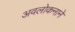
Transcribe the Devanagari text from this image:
अवलोकनाने